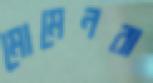
মোমেনরা